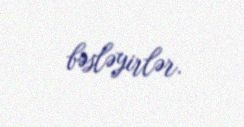
bəsləyirlər.